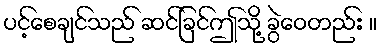
ပင့်စေချင်သည် ဆင်ခြင်ဤသို့ ခွဲဝေတည်း ။